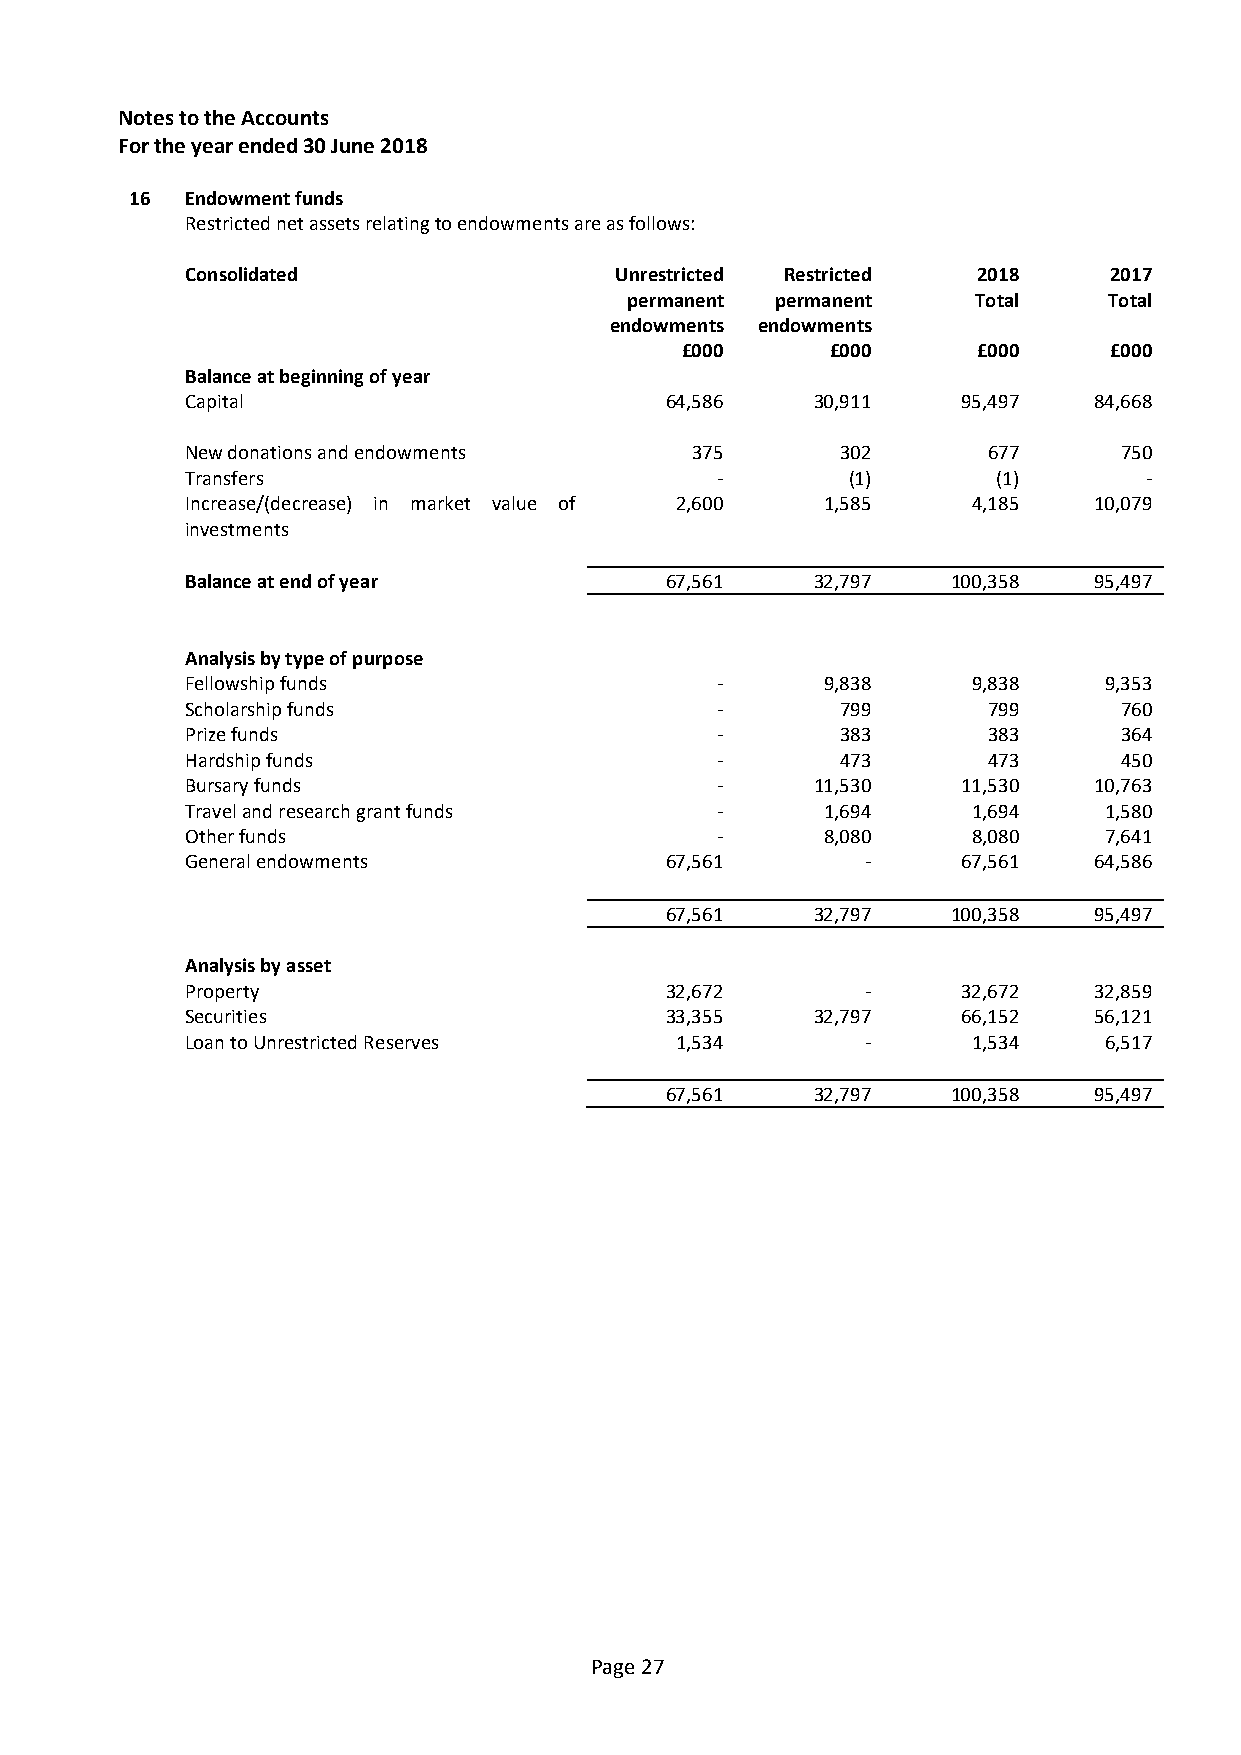
Notes to the Accounts
 For the year ended 30 June 2018
 16 Endowment funds
 Restricted net assets relating to endowments are as follows:
 Consolidated                 Unrestricted Restricted 2018    2017
 permanent permanent    Total   Total
 endowments endowments
 £000      £000      £000    £000
 Balance at beginning of year
 Capital                         64,586    30,911    95,497  84,668
 New donations and endowments      375       302      677      750
 Transfers                          -        (1)       (1)       -
 Increase/(decrease) in market value of 2,600 1,585  4,185   10,079
 investments
 Balance at end of year          67,561    32,797   100,358  95,497
 Analysis by type of purpose
 Fellowship funds                   -       9,838    9,838    9,353
 Scholarship funds                  -        799      799      760
 Prize funds                        -        383      383      364
 Hardship funds                     -        473      473      450
 Bursary funds                      -      11,530    11,530  10,763
 Travel and research grant funds    -       1,694    1,694    1,580
 Other funds                        -       8,080    8,080    7,641
 General endowments              67,561       -      67,561  64,586
 67,561    32,797   100,358  95,497
 Analysis by asset
 Property                        32,672       -      32,672  32,859
 Securities                      33,355    32,797    66,152  56,121
 Loan to Unrestricted Reserves    1,534       -      1,534    6,517
 67,561    32,797   100,358  95,497
 Page 27